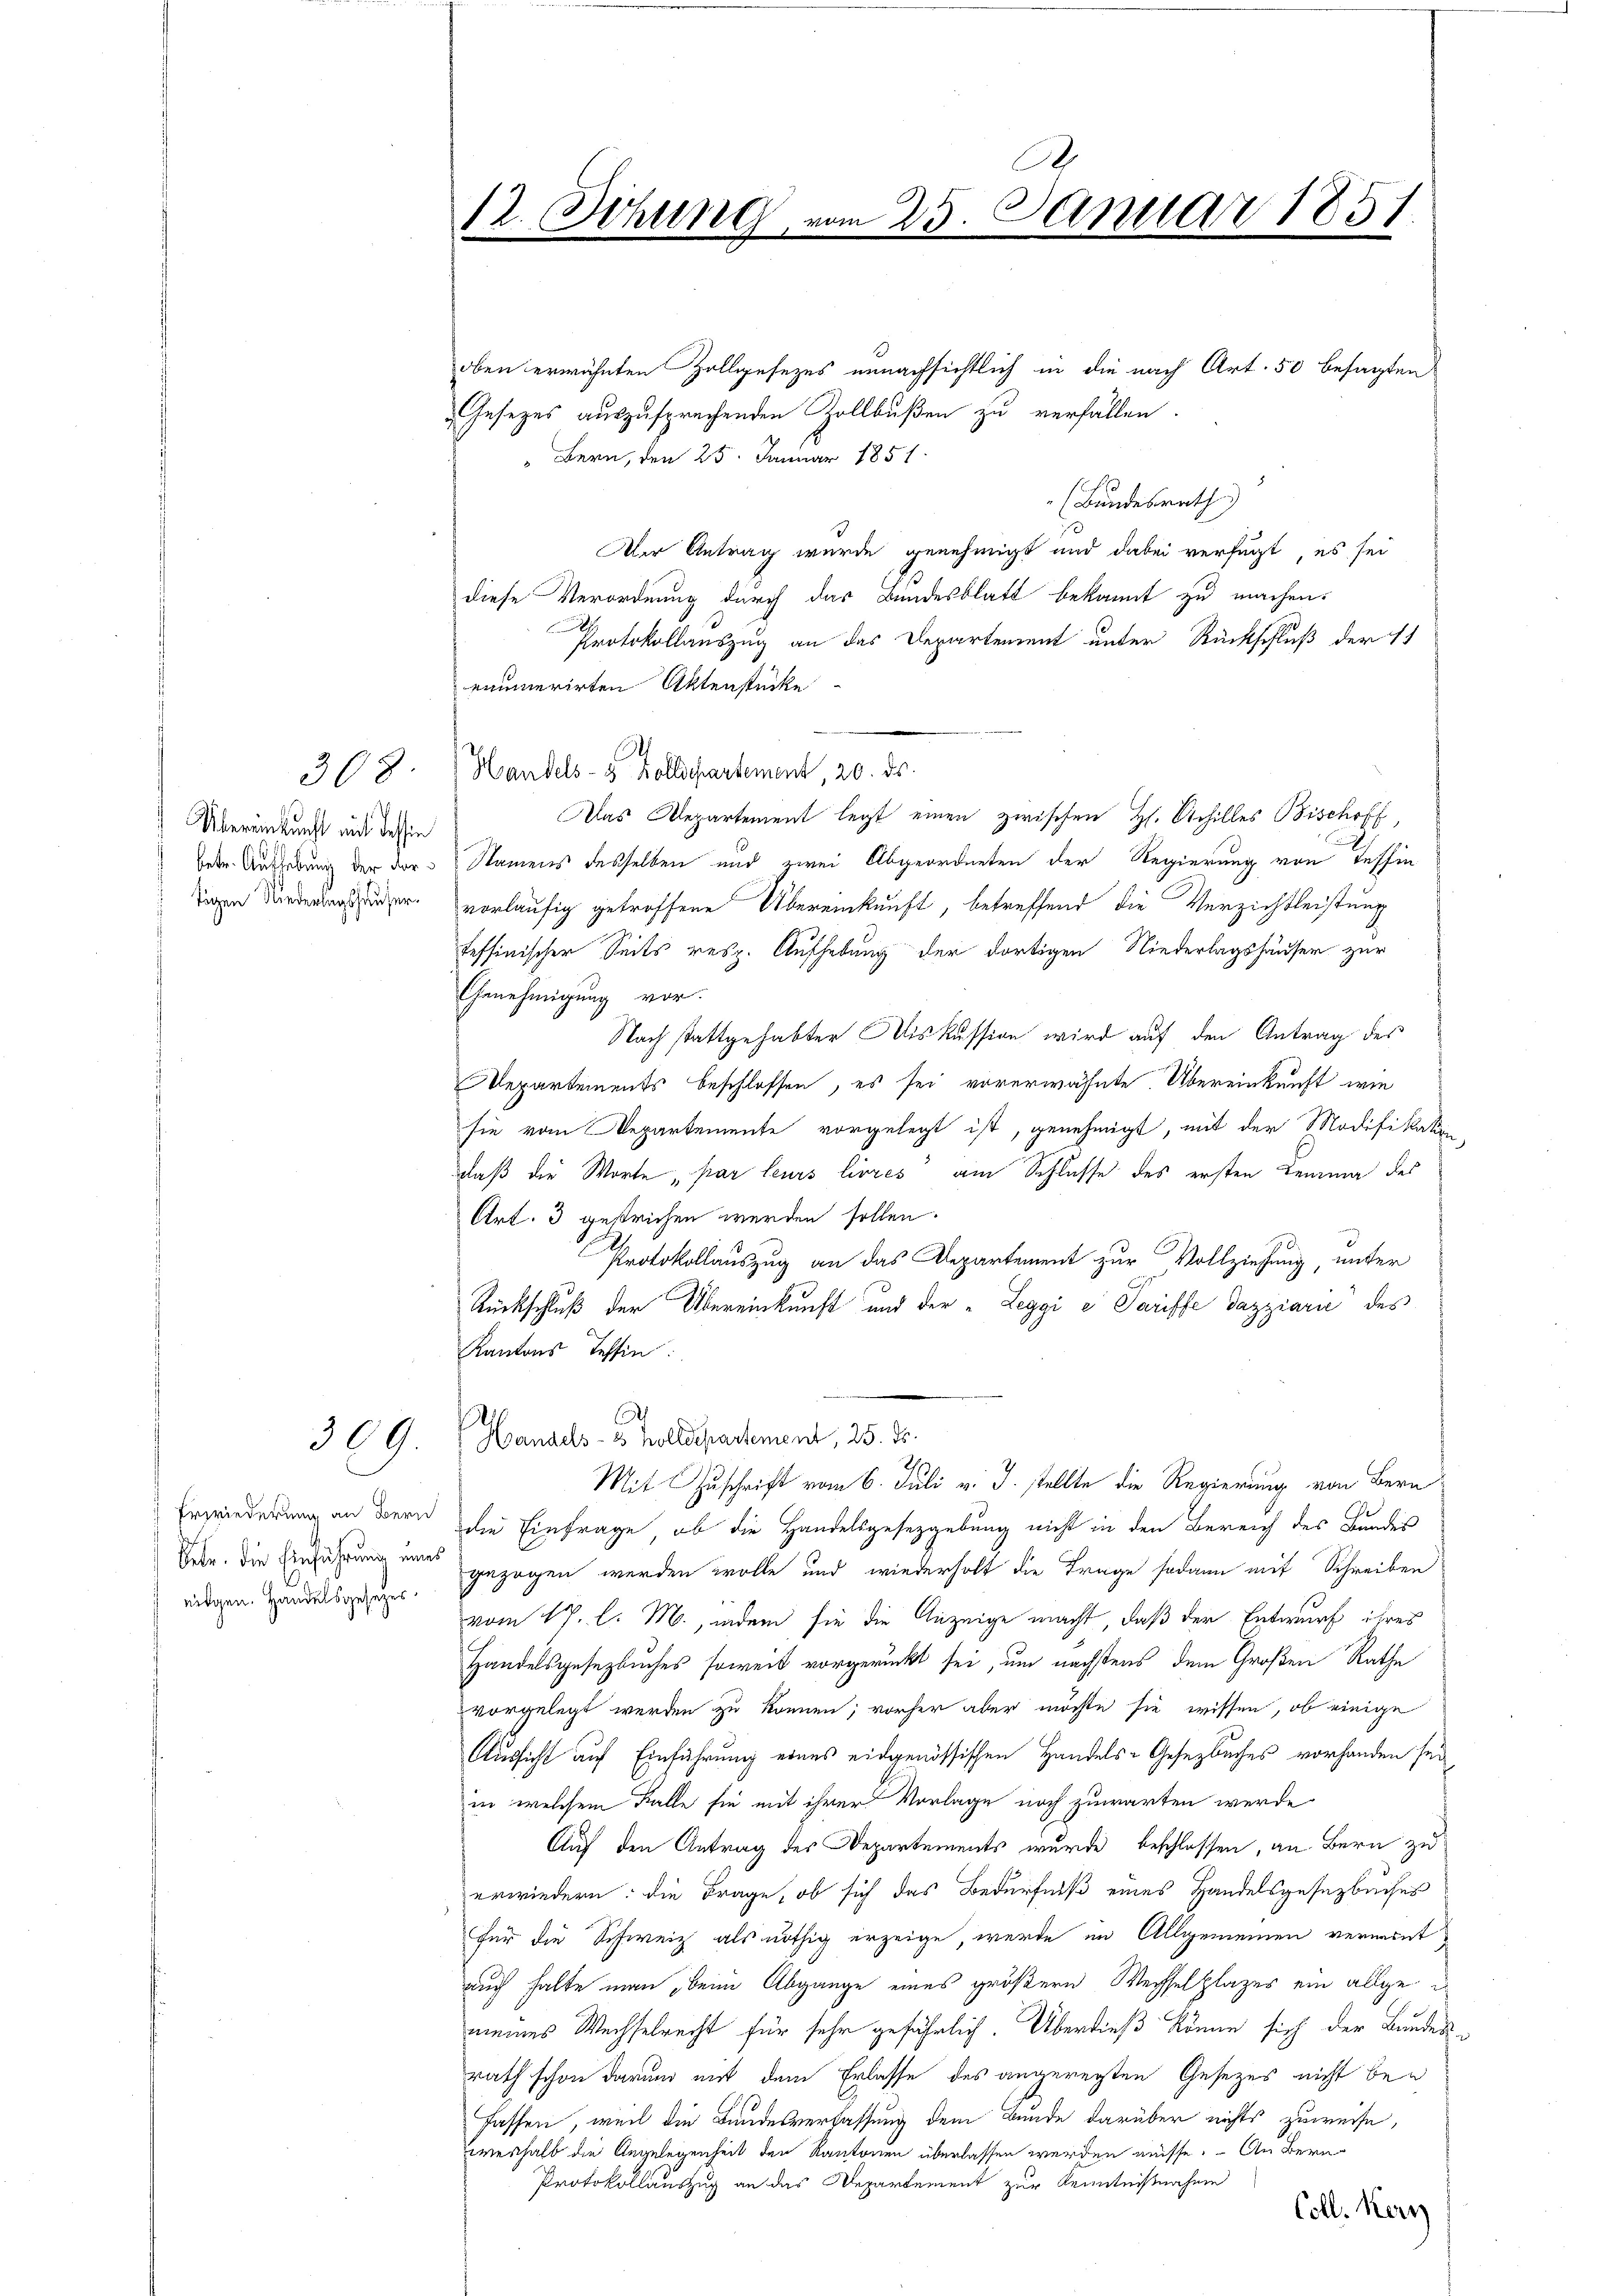
Übereinkunft mit dessin
betr. Aufhebung der Vortögen Niederlagshauser.

308

309.

Erwiederung an Bern
Petr. die Einführung eine
eidgen. Handelsgesezes

oben erwähnten Zollgesezes unnachsichtlich in die nach Art. 50 besagten
Gesetzes auszusprechenden Zollbußen zu verfällen.
Bern, den 25. Januar 1851
(Bundesrath
Der Antrag wurde genehmigt und dabei verfügt, es sei
diese Verordnung durch das Bundesblatt bekannt zu machen.
.
Protokollauszug an das Departement unter Rückschluß der 11
enumerirten Aktenstücke
Handels- & Zollschartement, 20. ds.
Das Departement legt einen zwischen H. Schilles Bischoff
Namens desselben und zwei Abgeordneten der Regierung von Tessin
vorläufig getroffene Übereinkunft, betreffend die Verzichtleistung
fessinischer Seits resp. Aufhebung der dortigen Niederlagshäuser zur
Genehmigung vor.
Nach stattgehabter Miskussion wird auf den Antrag des
Departements beschlossen, es sei vorerwähnte Übereinkunft wie
sie vom Departemente vorgelegt ist, genehmigt, mit der Modifikation
daß die Worte par leurs livrés am Schlusse des ersten Lemma des
Art. 3 gestrichen werden sollen.
Protokollauszug an das Departement zur Vollziehung, unter
Rückschluß der Übereinkunft und der „Leggi e Tariffe dazziarii des
Kantons Tessin
h
Handels- & Zolldepartement, 25. ds.
Mit Zuschrift vom 6. Juli v. J. stellte die Regierung von Bern
die Einfrage, ob die Handelsgesetzgebung nicht in den Bereich des Bundes
gezogen werden wolle und wiederholt die Trage sodann mit Schreiben
vom 17. l. M., indem sie die Anzeige macht, daß der Entwurf ihres
Handelsgesezbuches soweit vorgerückt sei, um nächstens dem Großen Rathe
vorgelegt werden zu können; vorher aber möchte sie wissen, ob einige
Aussicht auf Einführung eines eidgenössischen Handels-Gesetzbuches vorhanden sei
in welchem Falle sie mit ihrer Vorlage noch zuwarten werde.
Auf den Antrag des Departements wurde beschlossen, an Bern zu
erwiedern: die Frage, ob sich das Bedürfniß eines Handelsgesetzbucher
für die Schweiz als nöthig erzeige, werde im Allgemeinen vermont
auch halte man beim Abgange eines größern Wechselplazes ein allge de
meines Wechselrecht für sehr gefährlich. Überdieß könne sich der Bundesrath schon darund mit dem Erlasse des angeregten Gesetzes nicht bei
fassen, weil die Bundesverfassung dem Bunde darüber nichts zuweise,
weshalb die Angelegenheit den Kantonen überlassen werden müsse. An Bern
Protokollauszug an das Departement zur Kenntnißnahme
Coll. Kern

12. Sitzung

25. Januar 1851.